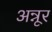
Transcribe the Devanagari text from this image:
अन्नूर